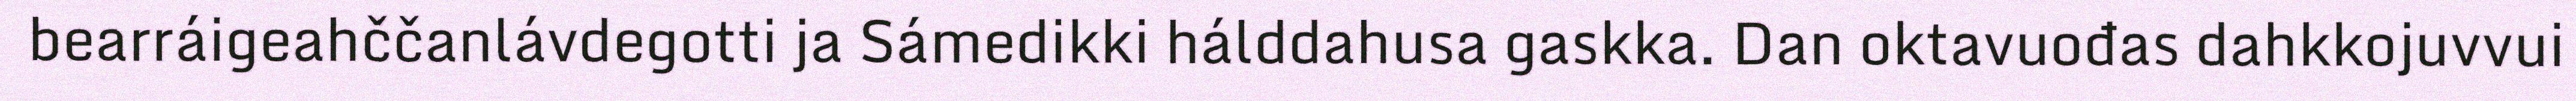
bearráigeahččanlávdegotti ja Sámedikki hálddahusa gaskka. Dan oktavuođas dahkkojuvvui